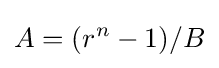
A=(r^{n}-1)/B